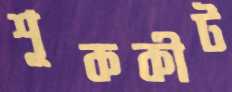
শূককীট